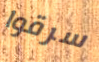
سرقوا